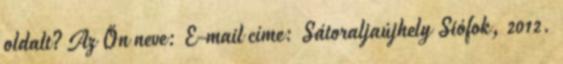
oldalt? Az Ön neve: E-mail címe: Sátoraljaújhely Siófok, 2012.